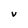
Character: V